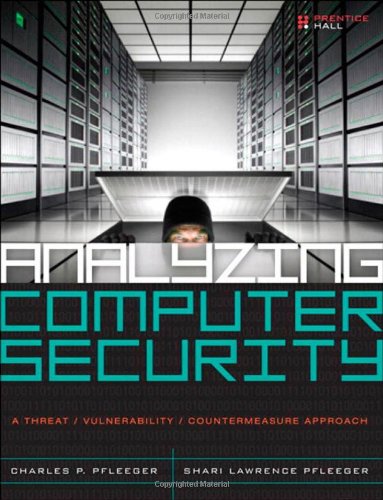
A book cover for Analyzing Computer Security: A Threat / Vulnerability / Countermeasure Approach; Charles P. Pfleeger; Computers & Technology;